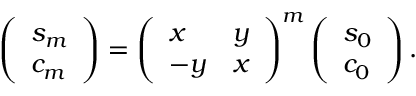
\left( \begin{array} { l } { s _ { m } } \\ { c _ { m } } \end{array} \right) = \left( \begin{array} { l l } { x } & { y } \\ { - y } & { x } \end{array} \right) ^ { m } \left( \begin{array} { l } { s _ { 0 } } \\ { c _ { 0 } } \end{array} \right) .